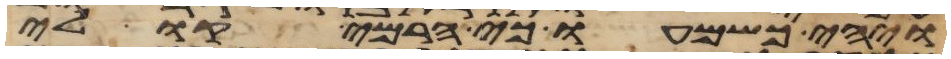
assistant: ויהי כשמעו כי הרמי קולי